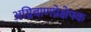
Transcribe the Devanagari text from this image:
अग्निबाणप्रेक्षेपक